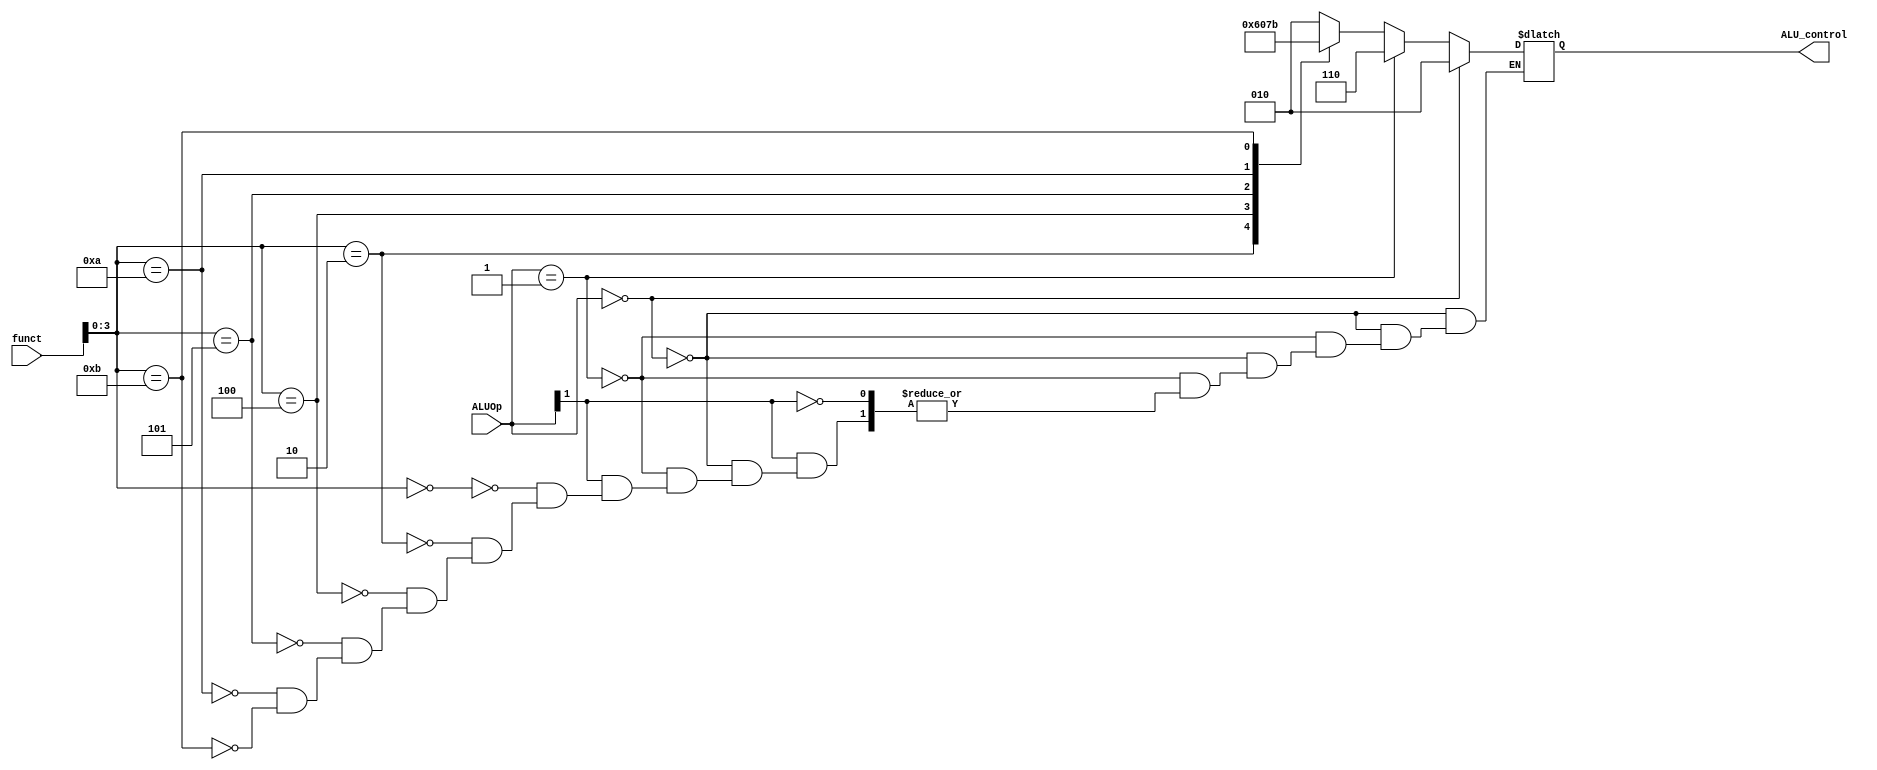
`timescale 1ns / 1ps
//////////////////////////////////////////////////////////////////////////////////
// Company: 
// Engineer: 
// 
// Design Name: 
// Module Name:    ALU_control 
// Project Name: 
// Target Devices: 
// Tool versions: 
// Description: 
//
// Dependencies: 
//
// Revision: 
// Revision 0.01 - File Created
// Additional Comments: 
//
//////////////////////////////////////////////////////////////////////////////////
module ALU_control(
    input [1:0] ALUOp,
    input [5:0] funct,
    output reg [2:0] ALU_control
    );
always@(*)
begin
if(ALUOp == 2'b00) 
 
	ALU_control = 3'b010;
else if(ALUOp == 2'b01)
	ALU_control = 3'b110;
else if(ALUOp[1]) begin
	case(funct[3:0])
	4'b0000 : ALU_control = 3'b010;  //add
	4'b0010 : ALU_control = 3'b110;  //sub
	4'b0100 : ALU_control = 3'b000;  //and
	4'b0101 : ALU_control = 3'b001;  //or
	4'b1010 : ALU_control = 3'b111;  //sll
	4'b1011 : ALU_control = 3'b011;  //srl
	
	endcase
end
end
endmodule